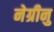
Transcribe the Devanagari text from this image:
नेग्रीनु